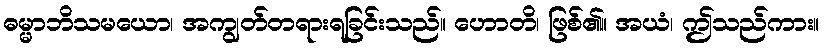
ဓမ္မာဘိသမယော၊ အကျွတ်တရားရခြင်းသည်။ ဟောတိ၊ ဖြစ်၏။ အယံ၊ ဤသည်ကား။